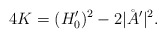
\begin{align*} 4 K = (H_0')^2 - 2 |\AA'|^2.\end{align*}